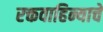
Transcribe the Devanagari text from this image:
रक्तवाहिन्याचे